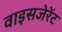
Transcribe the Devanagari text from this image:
वाइसजेरेंट